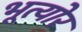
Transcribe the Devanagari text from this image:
भूत्योर